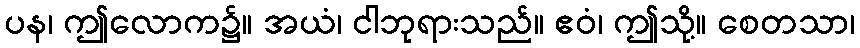
ပန၊ ဤလောက၌။ အယံ၊ ငါဘုရားသည်။ ဧဝံ၊ ဤသို့။ စေတသာ၊